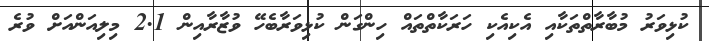
ކުޅިވަރު މުބާރާތްތަކާއި އެކިއެކި ހަރަކާތްތައް ހިންގަން ކުޅިވަރާބެހޭ ވުޒާރާއިން 2.1 މިލިއަންއަށް ވުރެ